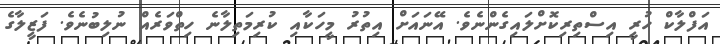
އަފްލާކް ހުރީ އިސްތިރިކޮށްލައިގެންނެވެ. އޭނައަށް އިތުރު މީހަކާއި ކުރިމަތިލާނެ ހިތްވަރެއް ނުލިބުނެވެ. ފަޒީލާގެ